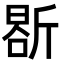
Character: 𭤤